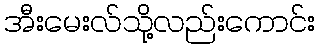
အီးမေးလ်သို့လည်းကောင်း